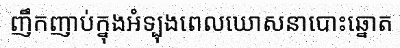
ញឹកញាប់ក្នុងអំទ្បុងពេលឃោសនាបោះឆ្នោត